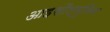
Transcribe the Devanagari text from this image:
आइसौल्युसिन